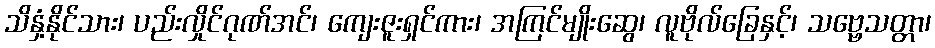
သိနှံ့နိုင်သား၊ ပည်းလှိုင်ဂုဏ်အင်၊ ကျေးဇူးရှင်ကား၊ အကြင်မျိုးဆွေ၊ လူဗိုလ်ခြေနှင့်၊ သဗ္ဗေသတ္တာ၊